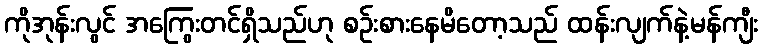
ကိုအုန်းလွင် အကြွေးတင်ရှိသည်ဟု စဉ်းစားနေမိတော့သည် ထန်းလျက်နဲ့မန်ကျီး